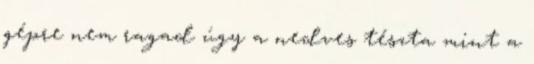
gépre nem ragad úgy a nedves tészta mint a